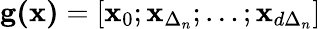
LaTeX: \mathbf{g(x)}=[\mathbf{x}_{0};\mathbf{x}_{\Delta_{n}};\ldots;\mathbf{x}_{d\Delta_{n}}]